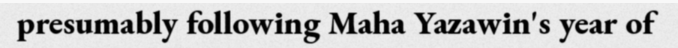
presumably following Maha Yazawin's year of